Vaccination report Assam 1874-1896 - 1874-1896
Year: 1874
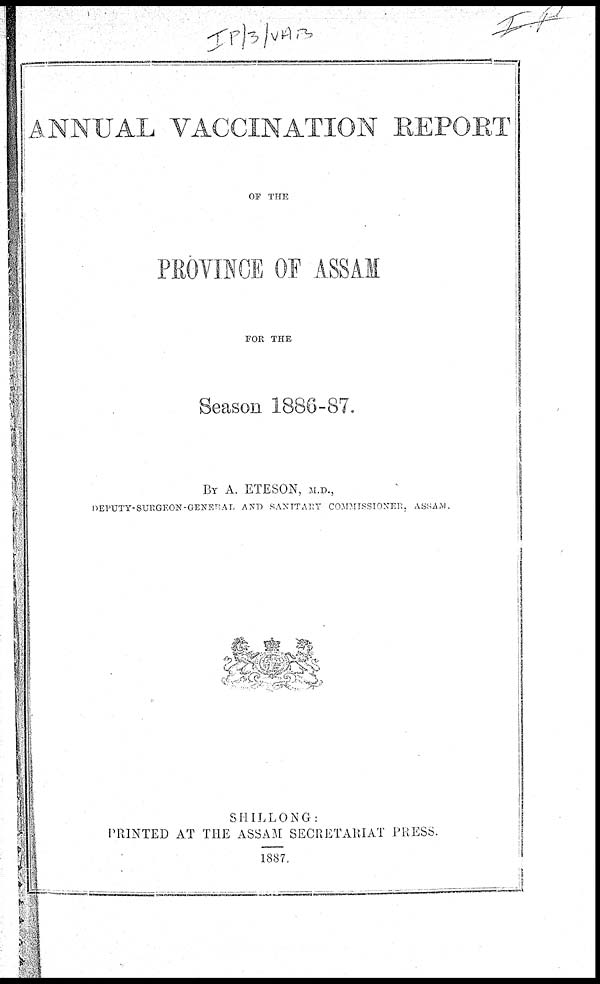
ANNUAL VACCINATION REPORT
OF THE
PROVINCE OF ASSAM
FOR THE
Season 1886-87.
BY A. ETESON, M.D.,
DEPUTY-SURGEON-GENERAL AND SANITARY COMMISSIONER,ASSAM.
SHILLONG:
PRINTED AT THE ASSAM SECRETARIAT PRESS.
1887.